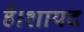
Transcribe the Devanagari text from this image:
है।शायद